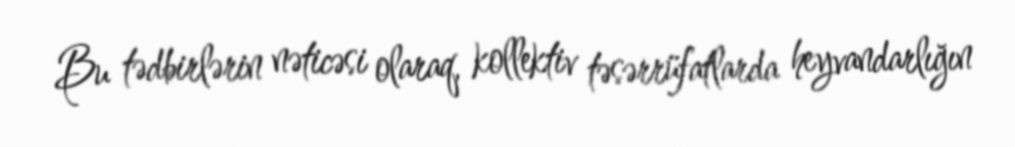
Bu tədbirlərin nəticəsi olaraq, kollektiv təsərrüfatlarda heyvandarlığın